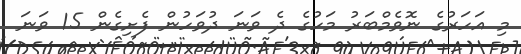
މި އަހަރުގެ ނޮވެމްބަރު މަހުގެ ދެ ވަނަ ދުވަހުން ފެށިގެން 15 ވަނަ